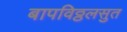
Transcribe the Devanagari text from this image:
बापविठ्ठलसुत